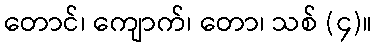
တောင်၊ ကျောက်၊ တော၊ သစ် (၄)။